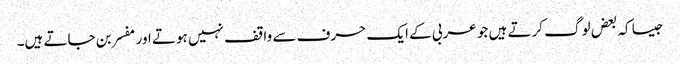
جیسا کہ بعض لوگ کرتے ہیں جو عربی کے ایک حرف سے واقف نہیں ہوتے اور مفسر بن جاتے ہیں۔